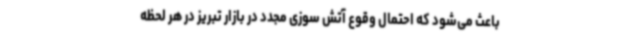
باعث می‌شود که احتمال وقوع آتش سوزی مجدد در بازار تبریز در هر لحظه